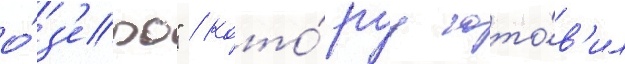
о́з'еро" / кото́руу гото́в'ил